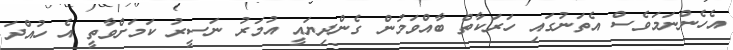
އެހެންނަމަވެސް އެތަނުގައި ހަރަކާތް ބާއްވަމުން ގެންދިޔައީ އުމަރު ނަސީރު ކަމަށްވާތީ އެ ހުއްދަ